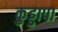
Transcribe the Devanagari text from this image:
कुड्डापा